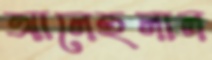
আলেহলাল